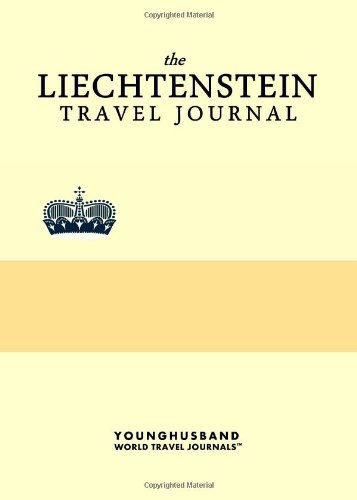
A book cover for The Liechtenstein Travel Journal; Younghusband World Travel Journals; Travel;